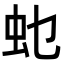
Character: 𮓲